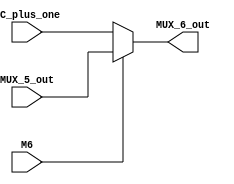
`timescale 1ns / 1ps



module MUX_6(
    M6,
    PC_plus_one,
    MUX_5_out,
    MUX_6_out
    );

parameter N=16;
input [N-1:0] PC_plus_one;
input [N-1:0] MUX_5_out;
input M6;
output reg [N-1:0] MUX_6_out;

always @ (*)
    
    begin 
    if (M6==0)
    MUX_6_out= PC_plus_one;
    
    else 
    MUX_6_out= MUX_5_out;
    end

endmodule